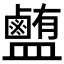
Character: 𰥉